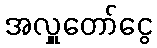
အလှူတော်ငွေ